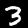
Digit: 3